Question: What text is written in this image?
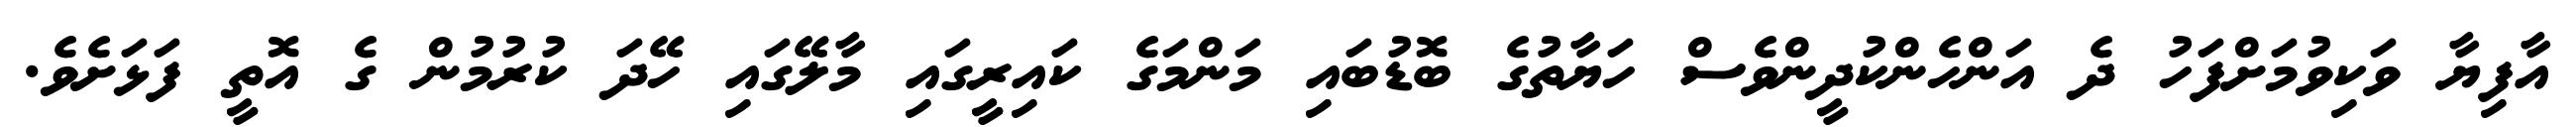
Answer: އާފިޔާ ވަކިވުމަށްފަހު ދެ އަންހެންކުދީންވެސް ހަޔާތުގެ ބޮޑުބައި މަންމަގެ ކައިރީގައި މާލޭގައި ހޭދަ ކުރުމުން ގެ އޮތީ ފަޅަށެވެ.